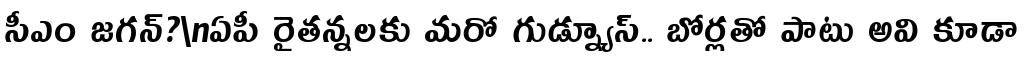
సీఎం జగన్?\nఏపీ రైతన్నలకు మరో గుడ్న్యూస్.. బోర్లతో పాటు అవి కూడా